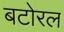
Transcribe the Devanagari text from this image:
बटोरल